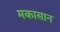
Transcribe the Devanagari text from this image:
मकासान